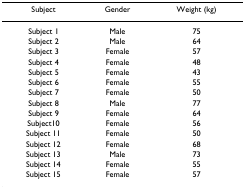
<table><thead><tr><td><b>Subject</b></td><td><b>Gender</b></td><td><b>Weight (kg)</b></td></tr></thead><tbody><tr><td>Subject 1</td><td>Male</td><td>75</td></tr><tr><td>Subject 2</td><td>Male</td><td>64</td></tr><tr><td>Subject 3</td><td>Female</td><td>57</td></tr><tr><td>Subject 4</td><td>Female</td><td>48</td></tr><tr><td>Subject 5</td><td>Female</td><td>43</td></tr><tr><td>Subject 6</td><td>Female</td><td>55</td></tr><tr><td>Subject 7</td><td>Female</td><td>50</td></tr><tr><td>Subject 8</td><td>Male</td><td>77</td></tr><tr><td>Subject 9</td><td>Female</td><td>64</td></tr><tr><td>Subject10</td><td>Female</td><td>56</td></tr><tr><td>Subject 11</td><td>Female</td><td>50</td></tr><tr><td>Subject 12</td><td>Female</td><td>68</td></tr><tr><td>Subject 13</td><td>Male</td><td>73</td></tr><tr><td>Subject 14</td><td>Female</td><td>55</td></tr><tr><td>Subject 15</td><td>Female</td><td>57</td></tr></tbody></table>